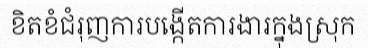
ខិតខំជំរុញការបង្កើតការងារក្នុងស្រុក